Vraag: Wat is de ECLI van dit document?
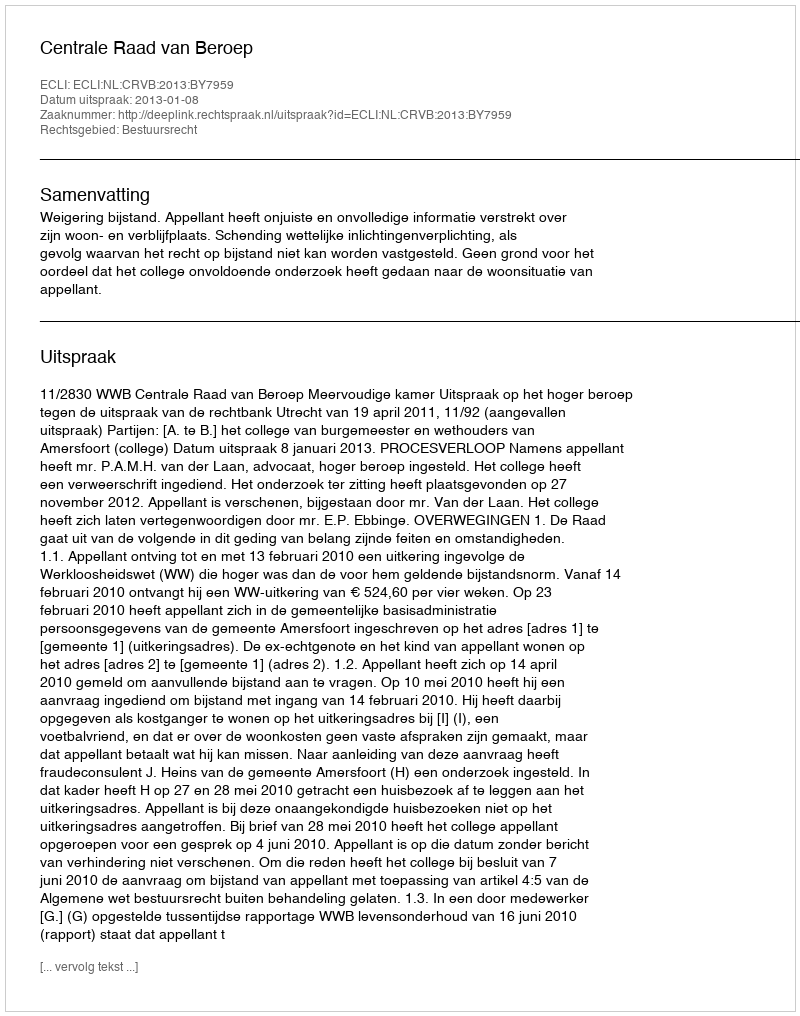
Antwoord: ECLI:NL:CRVB:2013:BY7959